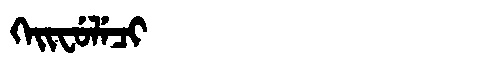
Manchu: ᡴᡝᡳᠸᡠᠯᡝᠴᡳ
Romanization: KEIFULECI